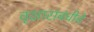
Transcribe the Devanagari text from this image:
वृक्षासंबंधीचे